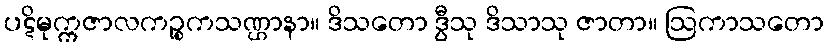
ပဋိမုက္ကဇာလကဉ္စုကသဏ္ဌာနာ။ ဒိသတော ဒွီသု ဒိသာသု ဇာတာ။ ဩကာသတော